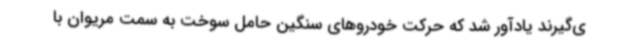
ی‌گیرند یادآور شد که حرکت خودروهای سنگین حامل سوخت به سمت مریوان با